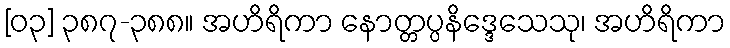
[၀၃] ၃၈၇-၃၈၈။ အဟိရိကာ နောတ္တပ္ပနိဒ္ဒေသေသု၊ အဟိရိကာ